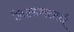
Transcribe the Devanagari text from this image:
गिल्डनस्टर्न